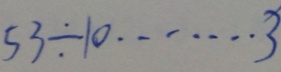
5 3 \div 1 0 \cdots 3